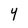
Character: Y